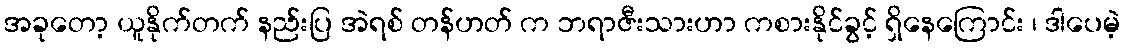
အခုတော့ ယူနိုက်တက် နည်းပြ အဲရစ် တန်ဟတ် က ဘရာဇီးသားဟာ ကစားနိုင်ခွင့် ရှိနေကြောင်း ၊ ဒါပေမဲ့